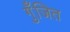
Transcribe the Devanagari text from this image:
गुँजित